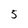
Character: 5